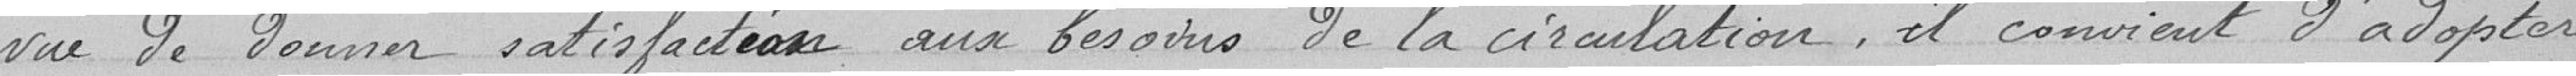
vue de donner satisfaction aux besoins de la circulation, il convient d'adopter